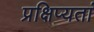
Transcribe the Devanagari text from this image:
प्रक्षिप्यतां